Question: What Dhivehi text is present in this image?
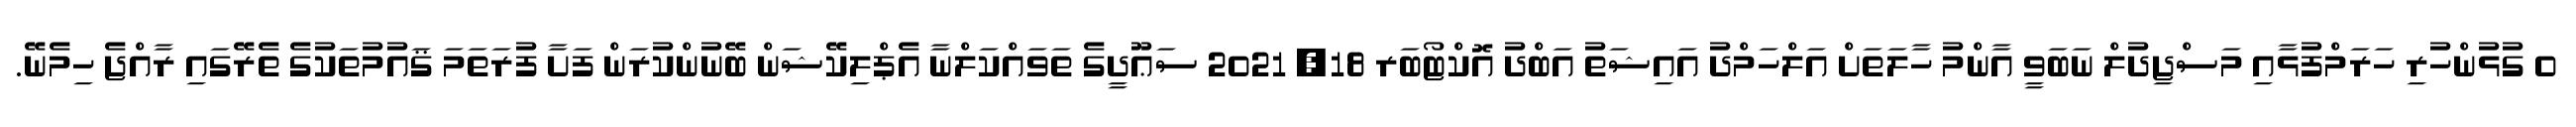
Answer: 0 ގުޅުންހުރި ހަރަމްފުޅާއި މަސްޖިދުލް ނަބަވީ އާންމު ހާލަތަށް އަލްހަމްދު އައިޝަތު އަބްދު އޮކްޓޯބަރ 18, 2021 ސަޢޫދީގެ ތަވައްކަލްނާ އެޕްލިކޭޝަން ބޭނުންކުރަން ފަށާ ފުރަތަމަ ޤައުމުތަކުގެ ތެރޭގައި ރާއްޖެ ހިމެނޭ.